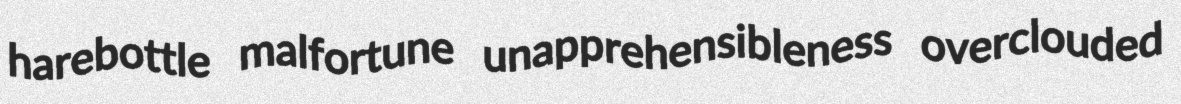
harebottle malfortune unapprehensibleness overclouded